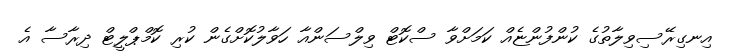
އިނގިރޭސިވިލާތުގެ ކުންފުންޏެއް ކަމަށްވާ ސްކޮޓް ވިލްސަންއާ ހަވާލުކޮށްގެން ކުރި ކޮމްޕްލީޓް ދިރާސާ އެ